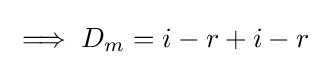
\implies D_{m}=i-r+i-r